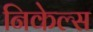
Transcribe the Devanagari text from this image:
निकेल्स